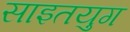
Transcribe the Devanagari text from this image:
साइतयुग